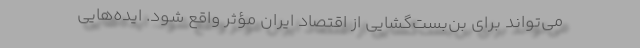
می‌تواند برای بن‌بست‌گشایی از اقتصاد ایران مؤثر واقع شود. ایده‌هایی